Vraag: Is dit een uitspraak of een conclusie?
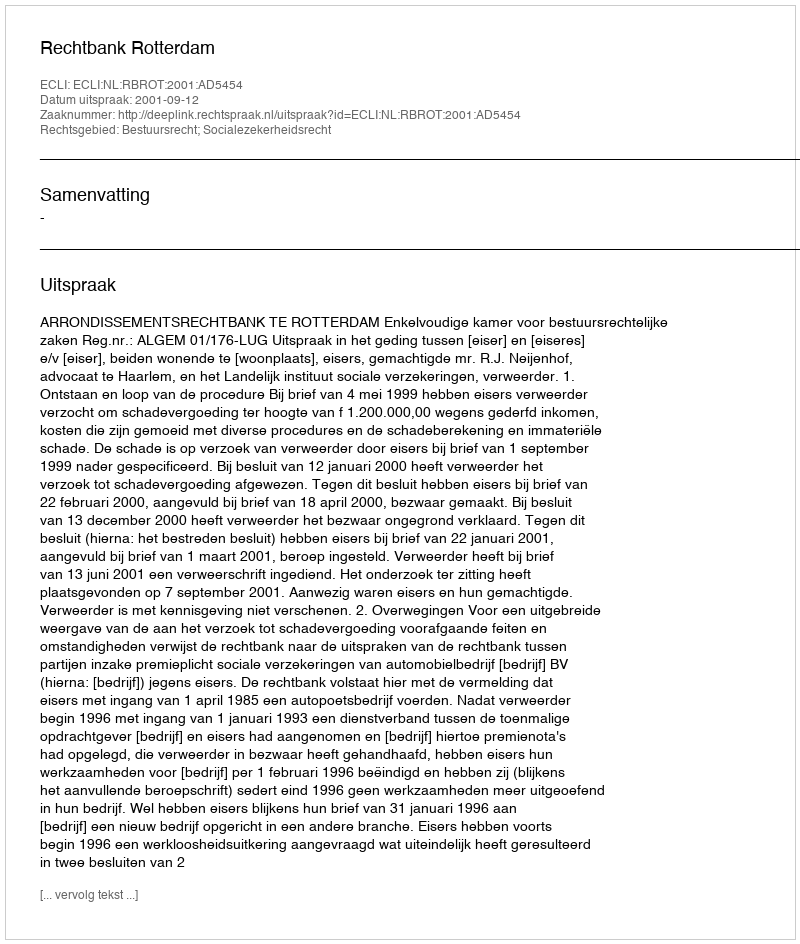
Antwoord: Uitspraak